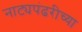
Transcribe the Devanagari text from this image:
नाट्यपंढरीच्या